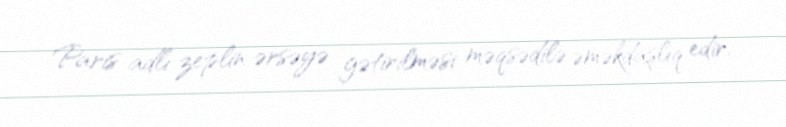
Paris adlı zeplin ərsəyə gətirilməsi məqsədilə əməkdaşlıq edir.